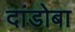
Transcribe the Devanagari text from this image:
दांडोबा